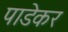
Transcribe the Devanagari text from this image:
पाडेकर